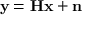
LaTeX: \mathbf { y } = \mathbf { H } \mathbf { x } + \mathbf { n }